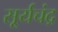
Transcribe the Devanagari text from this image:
सू्र्यचंद्र